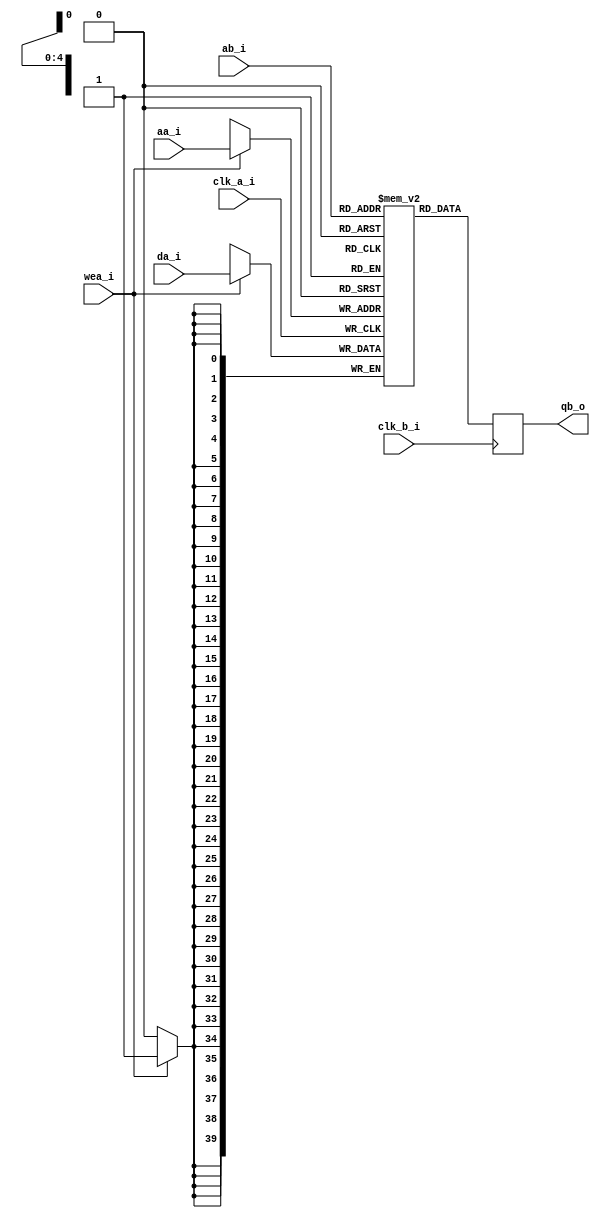
/*.
 * DSI Shield
 * Copyright (C) 2013-2014 twl <twlostow@printf.cc>
 *
 * This library is free software; you can redistribute it and/or
 * modify it under the terms of the GNU Lesser General Public
 * License as published by the Free Software Foundation; either
 * version 3 of the License, or (at your option) any later version.

 * This library is distributed in the hope that it will be useful,
 * but WITHOUT ANY WARRANTY; without even the implied warranty of
 * MERCHANTABILITY or FITNESS FOR A PARTICULAR PURPOSE.  See the GNU
 * Lesser General Public License for more details.

 * You should have received a copy of the GNU Lesser General Public
 * License along with this library; if not, write to the Free Software
 * Foundation, Inc., 51 Franklin Street, Fifth Floor, Boston, MA  02110-1301  USA
 */

`timescale 1ns/1ps

module pll_drp_ram 
  (
   input 	 clk_a_i,
   input [4:0] 	 aa_i,
   input [39:0]  da_i,
   input 	 wea_i,

   input 	 clk_b_i,
   input [4:0] 	 ab_i,
   output reg [39:0] qb_o
   );

   reg [39:0] 	 ram [0:31];

   always@(posedge clk_a_i)
     if(wea_i)
       ram[aa_i] <= da_i;

   always@(posedge clk_b_i)
     qb_o <= ram[ab_i];
   
endmodule // reconf_ram


module pll_drp_sequencer
   (
    input 	      clk_sys_i,

    input 	      clk_reconf_i,

    input [31:0]      r_pll_ctl0_i,
    input [31:0]      r_pll_ctl1_i,
    output [31:0]     r_pll_status_o,

    input 	      pll_locked_i,
    output reg 	      pll_rst_o,
    output reg [15:0] pll_di_o,
    input [15:0]      pll_do_i,
    input 	      pll_drdy_i,
    output reg [4:0]      pll_daddr_o,
    output reg 	      pll_den_o,
    output reg 	      pll_dwe_o,

    output busy_o
    );

   wire [4:0] 	      r_cfg_addr = r_pll_ctl0_i[4:0];
   wire [39:0] 	      r_cfg_data = {r_pll_ctl0_i[23:16], r_pll_ctl1_i[31:0]};
   wire 	      r_cfg_we = r_pll_ctl0_i[5];
   wire 	      r_cfg_trigger = r_pll_ctl0_i[6];
   wire [4:0] 	      r_n_regs = r_pll_ctl0_i[11:7];
   
   reg [4:0] index;
   
   wire [39:0] reg_val;

   pll_drp_ram ConfRam
     (
      .clk_a_i(clk_sys_i),
      .wea_i(r_cfg_we),
      .da_i(r_cfg_data),
      .aa_i(r_cfg_addr),

      .clk_b_i(clk_reconf_i),
      .ab_i(index),
      .qb_o(reg_val)
      );
   
`define ST_IDLE 0
`define ST_START_CONFIG 5
`define ST_READ_DRP 1
`define ST_WAIT_READ_DRP 2
`define ST_WRITE_DRP 3
`define ST_WAIT_WRITE_DRP 4
`define ST_READ_ROM 6
   `define ST_WAIT_LOCK 7

   reg [2:0]   state;
   reg 	       trig_d0, trig_d1, trig_d2;

   reg 	       restart;
   reg [15:0]  readback;

   reg [7:0]   powerup_delay = 'hff;
   reg 	       rst_powerup = 1;
   
   always@(posedge clk_reconf_i)
     if(powerup_delay == 0)
       rst_powerup <= 0;
     else
       powerup_delay <= powerup_delay - 1;
   
   
   
   always@(posedge clk_reconf_i or posedge rst_powerup)
     if (rst_powerup ) begin
	trig_d0 <= 0;
	trig_d1 <= 0;
	trig_d2 <= 0;
	restart <= 0;
	
     end else begin
	trig_d0 <= r_cfg_trigger;
	trig_d1 <= trig_d0;
	trig_d2 <= trig_d1;
	restart <= ~trig_d2 & trig_d1;
     end
   

   
reg [15:0] pll_do_reg;
   
   
   always@(posedge clk_reconf_i or posedge rst_powerup)
     if ( rst_powerup ) begin
	state <= `ST_IDLE;
	pll_rst_o <= 0;
	pll_dwe_o <= 0;
	pll_den_o <= 0;
	pll_daddr_o <= 0;
	
     end else begin

	if(restart)
	  state <= `ST_START_CONFIG;
	else case (state)
	       `ST_IDLE:
		 begin
		    pll_rst_o <= 0;
		    pll_dwe_o <= 0;
		    pll_daddr_o <= 0;
		    pll_den_o <= 0;
		    index <= 0;
		 end

	       `ST_START_CONFIG:
		 begin
		    pll_rst_o <= 1;
		    index <= 0;
		    state <= `ST_READ_ROM;
		 end

	       `ST_READ_ROM:
		 begin
		    pll_daddr_o <= reg_val[36:32];
		    state <= `ST_READ_DRP;
		    

		 end
	       
	       `ST_READ_DRP:
		 begin
		    pll_den_o <= 1;
		    pll_dwe_o <= 0;
		    state <= `ST_WAIT_READ_DRP;
		 end

	       `ST_WAIT_READ_DRP:
		 begin
		    pll_den_o <= 0;
		    
		    if (pll_drdy_i)
		      begin
			 state <= `ST_WRITE_DRP;
			 pll_do_reg <= pll_do_i;
			 
		      end
		 end
	       

	       `ST_WRITE_DRP:
		 begin
		    pll_di_o <= (pll_do_reg & reg_val[31:16]) | reg_val[15:0];
		    index <= index + 1;
		    pll_den_o <= 1;
		    pll_dwe_o <= 1;
		    state <= `ST_WAIT_WRITE_DRP;
		 end

	       `ST_WAIT_WRITE_DRP:
		 begin
		    pll_den_o <= 0;
		    pll_dwe_o <= 0;

		    if(pll_drdy_i)
		      begin
			 
			 if( index == r_n_regs )
			   state <= `ST_WAIT_LOCK;
			 else
			   state <= `ST_READ_ROM;
		      end
		 end // case: `ST_WAIT_WRITE_DRP


	       `ST_WAIT_LOCK:
		 begin
		    pll_rst_o <= 0;

		    if (pll_locked_i)
		      state <= `ST_IDLE;
		 end
	       
	       
	     endcase // case (state)
     end
   


   
   
   assign r_pll_status_o[18] = pll_locked_i;

   assign busy_o = (state != `ST_IDLE);
   
   
endmodule // pll_drp_sequencer